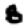
Digit: 8